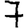
Digit: 7